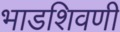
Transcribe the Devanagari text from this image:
भाडशिवणी